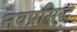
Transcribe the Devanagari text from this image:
नवप्रसिद्ध